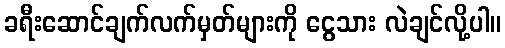
ခရီးဆောင်ချက်လက်မှတ်များကို ငွေသား လဲချင်လို့ပါ။